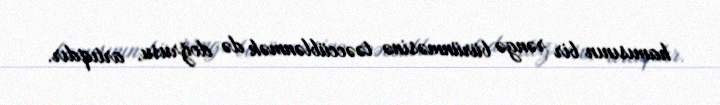
hamısının bir rəngə bürünməsinə təəccüblənmək də doğrusu, artıqdır.